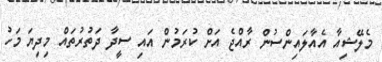
މެލޭޝިއާ އެއާލައިންސުން ރާއްޖެ އަށް ކުރަމުން އައި ސީދާ ދަތުރުތައް މިދިޔަ މަހު